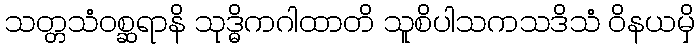
သတ္တသံဝစ္ဆရာနိ သုဒ္ဓိကဂါထာတိ သူစိပါသကသဒိသံ ဝိနယမှိ